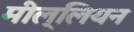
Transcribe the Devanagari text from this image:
मील्लियन